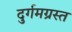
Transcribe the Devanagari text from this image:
दुर्गमग्रस्त